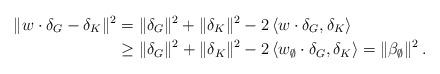
LaTeX: \begin{align*}\| w\cdot\delta_G- \delta_K\|^2&=\|\delta_G\|^2+\|\delta_K\|^2-2\,\langle w\cdot\delta_G,\delta_K\rangle\\&\geq \|\delta_G\|^2+\|\delta_K\|^2-2\,\langle w_{\emptyset}\cdot\delta_G,\delta_K\rangle=\|\beta_{\emptyset}\|^2\,.\end{align*}